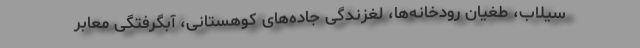
سیلاب، طغیان رودخانه‌ها، لغزندگی جاده‌های کوهستانی، آبگرفتگی معابر